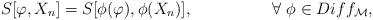
LaTeX: \begin{align*} S[\varphi,X_{n}] = S[\phi(\varphi),\phi(X_{n})], \hspace{2cm} \forall\ \phi\in Diff_{\cal M},\end{align*}